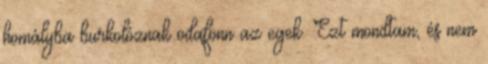
homályba burkolóznak odafönn az egek. Ezt mondtam, és nem